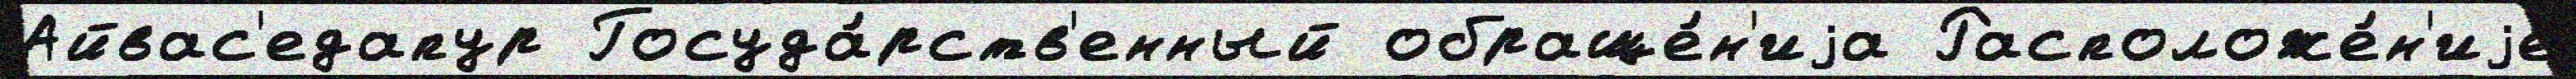
Айвас'едапур Госуда́рств'енный обраще́н'иjа Расположе́н'иjе